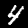
Digit: 4